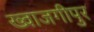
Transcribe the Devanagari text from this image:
ख्वाजगीपुर